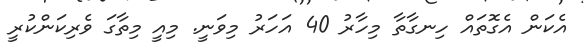
އެކަން އެގޮތައް ހިނގާތާ މިހާރު 40 އަހަރު މިވަނީ. މިއީ މިތާގަ ވެރިކަންކުރީ